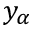
y _ { \alpha }